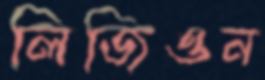
লিজিওন